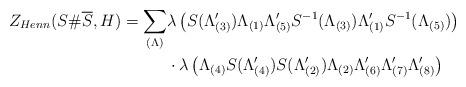
LaTeX: \begin{align*}Z_{Henn}(S\#\overline{S},H)=\sum\limits_{(\Lambda)}&\lambda\left(S(\Lambda'_{(3)})\Lambda_{(1)}\Lambda'_{(5)}S^{-1}(\Lambda_{(3)})\Lambda'_{(1)}S^{-1}(\Lambda_{(5)})\right)\\&\cdot\lambda\left(\Lambda_{(4)}S(\Lambda'_{(4)})S(\Lambda'_{(2)})\Lambda_{(2)}\Lambda'_{(6)}\Lambda'_{(7)}\Lambda'_{(8)}\right)\end{align*}